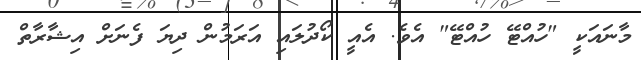
މާނައަކީ "ހުއްޓޭ ހުއްޓޭ" އެވެ. އެއީ ކޯދުލައި އަރަމުން ދިޔަ ފެނަށް އިޝާރާތް